Lunatic asylums Central Provinces reports 1895-1909 - 1895-1909
Year: 1895
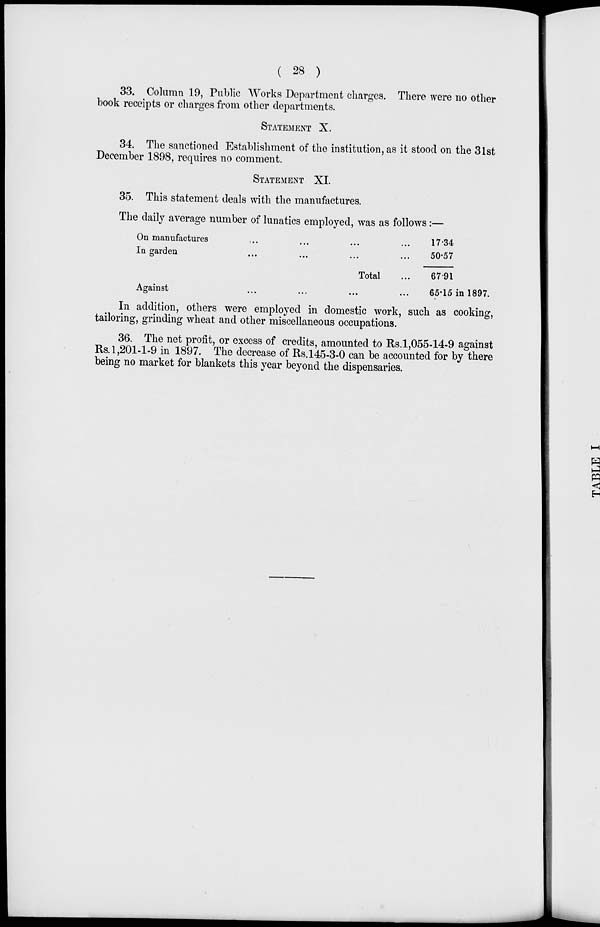
( 28 )
33. Column 19, Public Works Department charges. There were no other
book receipts or charges from other departments.
STATEMENT X.
34. The sanctioned Establishment of the institution, as it stood on the 31st
December 1898, requires no comment.
STATEMENT XI
35. This statement deals with the manufactures.
The daily average number of lunatics employed, was as follows:—
On manufactures ... ... ... ...
In garden ... ... ... ...
Total ...
Against ... ... ... ...
17.34
50.57
67.91
65.15 in 1897.
In addition, others were employed in domestic work, such as cooking,
tailoring, grinding wheat and other miscellaneous occupations.
36. The net profit, or excess of credits, amounted to Rs.1,055-14-9 against
Rs. 1,201-1-9 in 1897. The decrease of Rs.145-3-0 can be accounted for by there
being no market for blankets this year beyond the dispensaries.